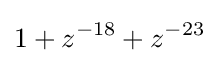
1+z^{-18}+z^{-23}